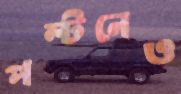
পল্টনেও